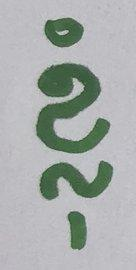
ខ្ញុំ